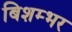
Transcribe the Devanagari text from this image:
बिशम्भर